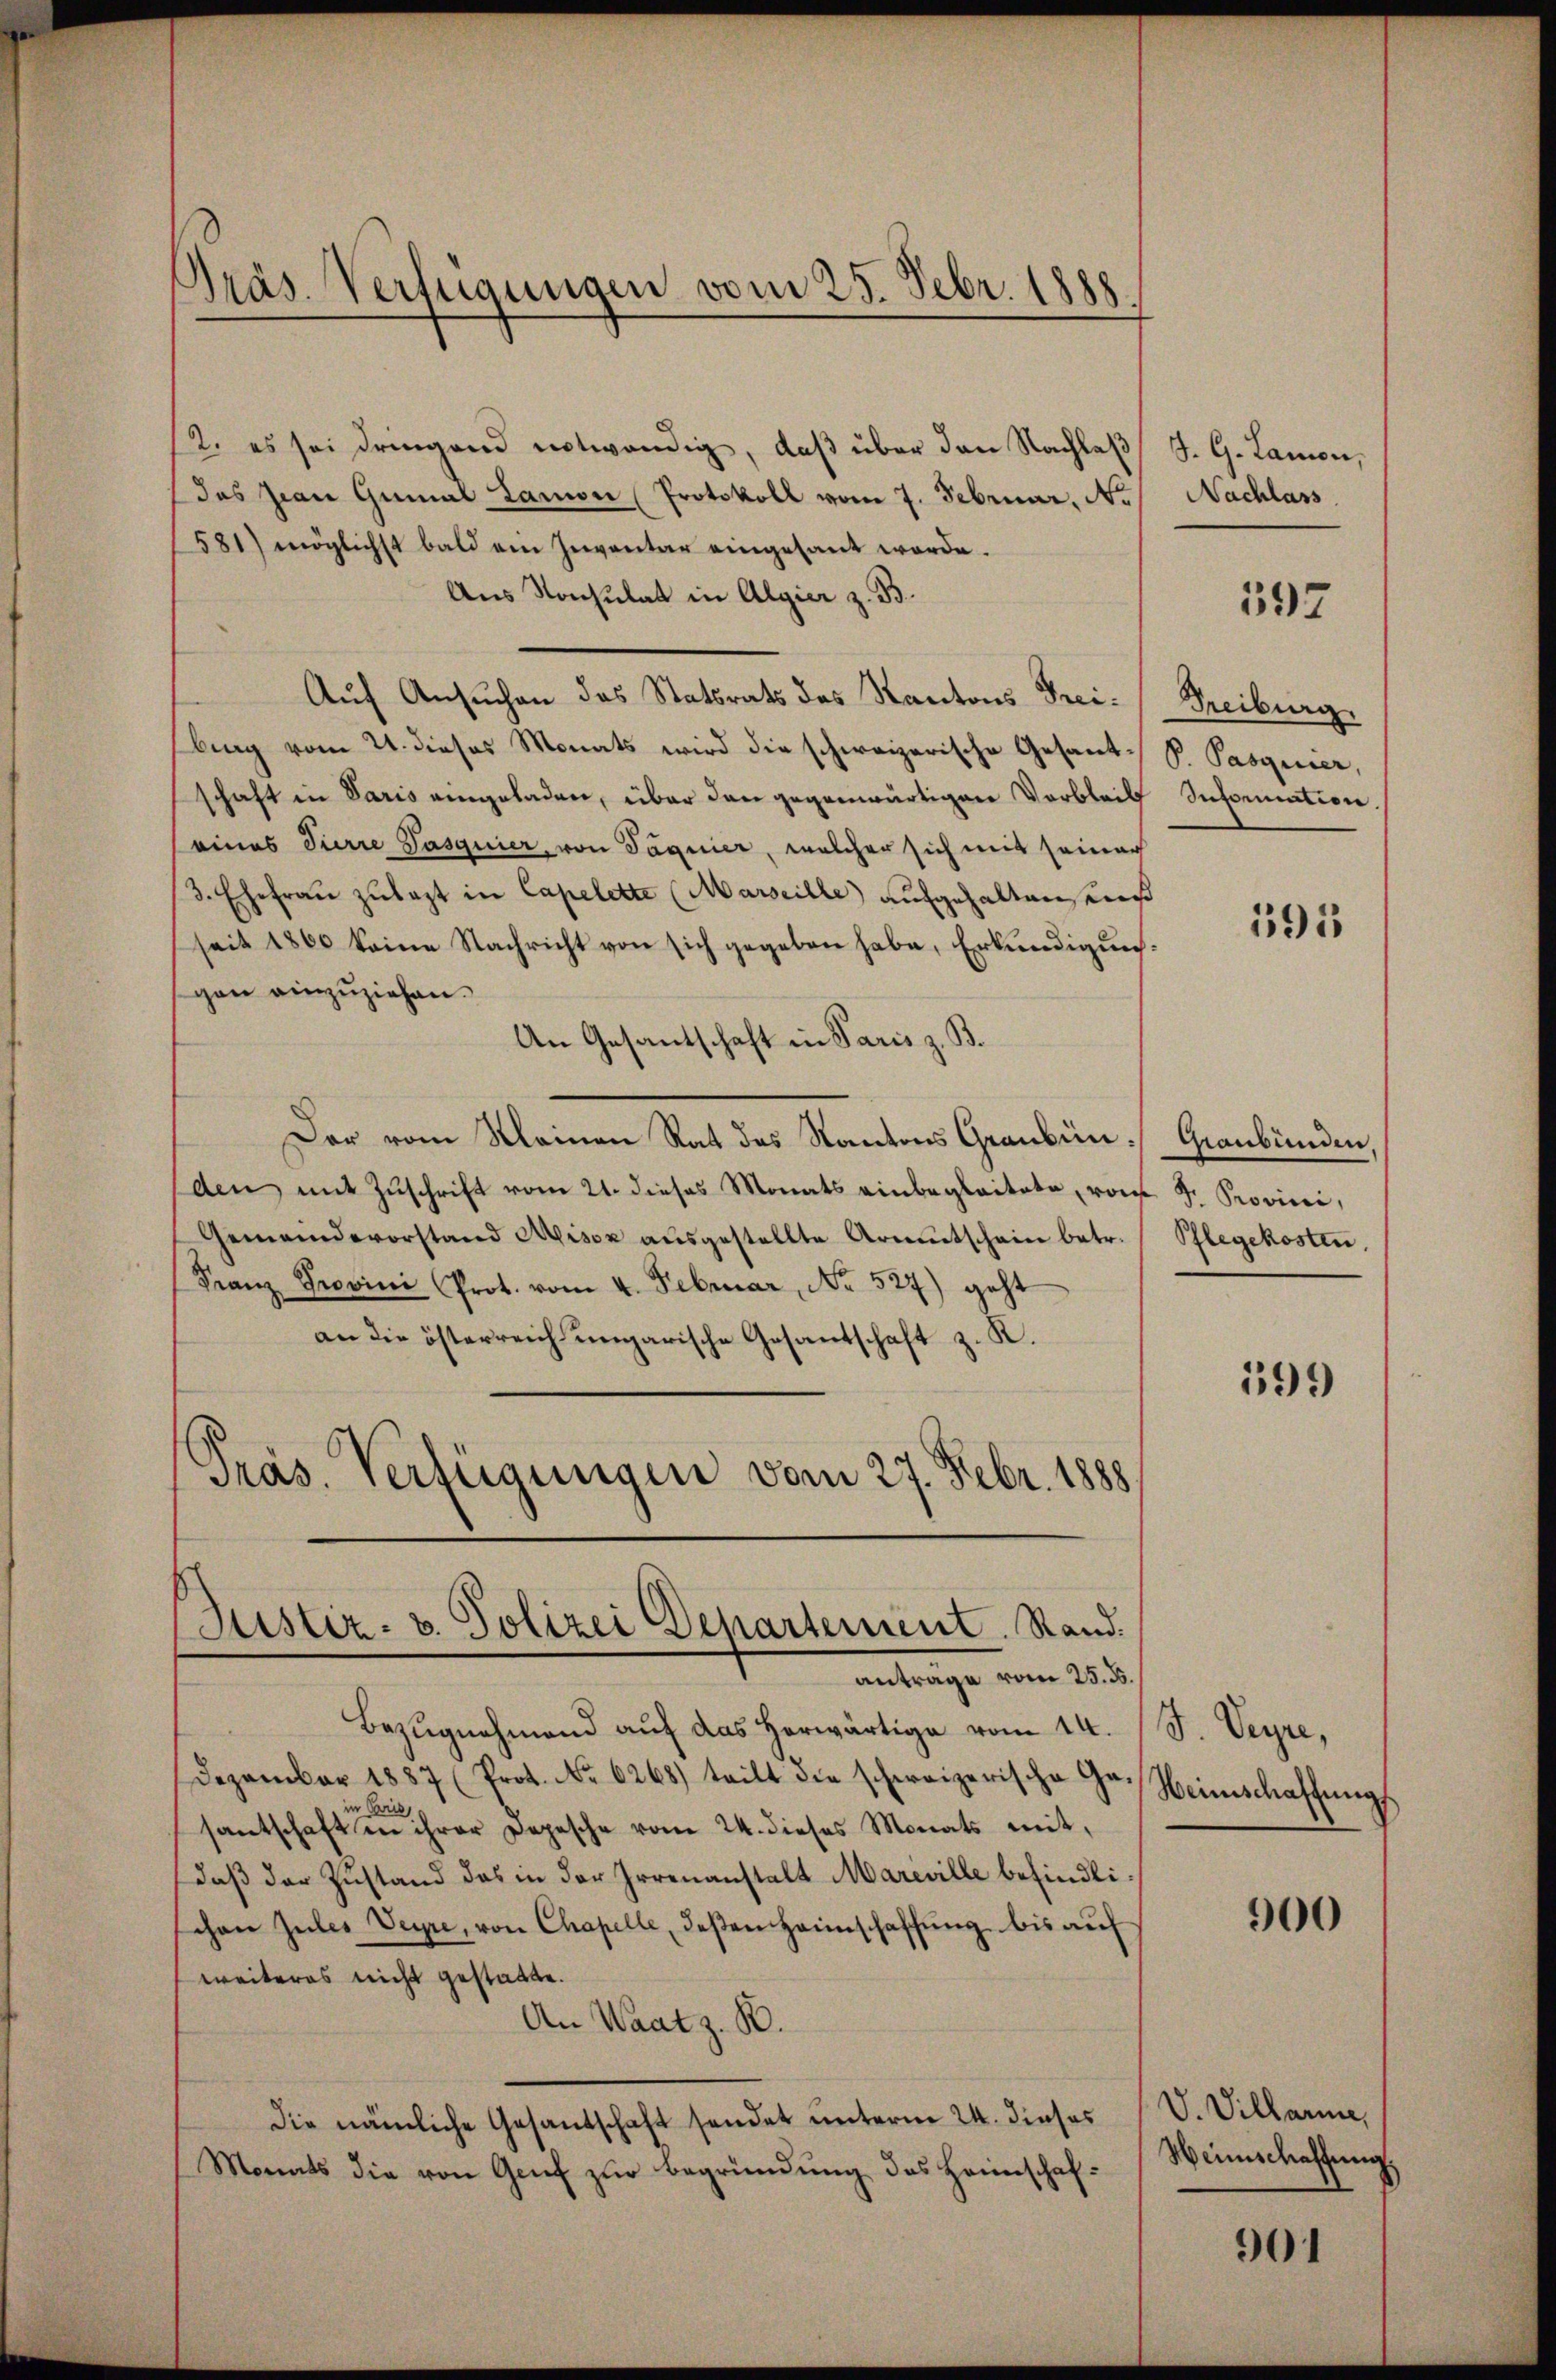
Präs. Verfügungen vom 25. Febr. 1888

12. es sei dringend notwendig, daß über den Nachlaβ J. G. Lamon,
das Zwai Gumal Lamon (Protokoll vom 7. Februar, N. Nachlass
581) möglichst bald ein Inventar eingesant werde.
Aus Konsulat in Algier z. B.
Auf Ansuchen das Statsrats des Kantons Frei- Freiburg
bing vom 21. dieses Monats wird die schweizerische Gesant P. Pasquier,
schaft in Paris eingeladen, über den gegenwärtigen Verbleib Information.
eines Tirre Pasquier, von Taguier, welcher sich mit seiner
/3. Ehefraŭ zŭlast in Capelette (Marseille) aufgehalten sei
(seit 1860 keine Nachricht von sich gegeben habe, Erkundigungan einzuziehen.
An Gesantschaft in Paris z. B.
Der vom Meinen Rat des Kantons Grauben Graubünden,
den mit Zŭschrift vom 21. dieses Monats einbegleitete, von Fr. Provini,
Gemeindevorstand Misox aŭsgestellte Armutschein betr. Pflegekosten.
Franz Provini Prot. vom 4. Februar, No. 527) geht
an die österreich ungarische Gesantschaft z. K.
Präs. Verfügungen vom 27. Febr. 1888

Justiz- u. Polizei Departement. Rand.
antrage vom 25. ds.

Bezugnahmend auf das herwärtige vom 14. /S. Veyre,
Dezember 1887 (Prot. No. 6268) teilt die schweizerische Ga-Heimschaffŭngs
Paris
santschaft in ihrer Depesche vom 24. dieses Monats mit,
daß der Zustand das in der Irrenanstalt Mareville befindlichen Zules Veyre, von Chapelle, deßen Heimschaffung bis auf
weiteres nicht gestatte.
An Waat z. B.
die nämliche Gesandschaft sendet unterm 24. dieses
Monats die von Genf zur Begründung des Heimschaf¬

597

195

599

900

V. Villarme,
Heinschaffung.

01